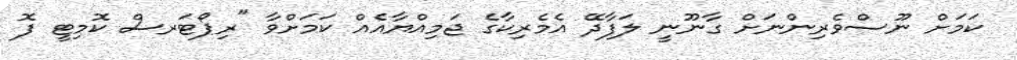
ކަމަށް ނޫސްވެރިންނަށް ގާނޫނީ ލަފާދޭ އެމެރިކާގެ ޖަމިއްޔާއެއް ކަމަށްވާ "ރިޕޯޓަރސް ކޮމިޓީ ފޮ